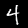
Digit: 4